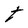
Character: t